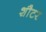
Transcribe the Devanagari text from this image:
शौटर